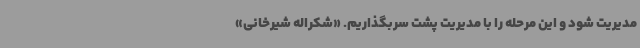
مدیریت شود و این مرحله را با مدیریت پشت سربگذاریم. «شکراله شیرخانی»